Report of the Indian Hemp Drugs Commission, 1894-1895 - Volume I
Year: 1894
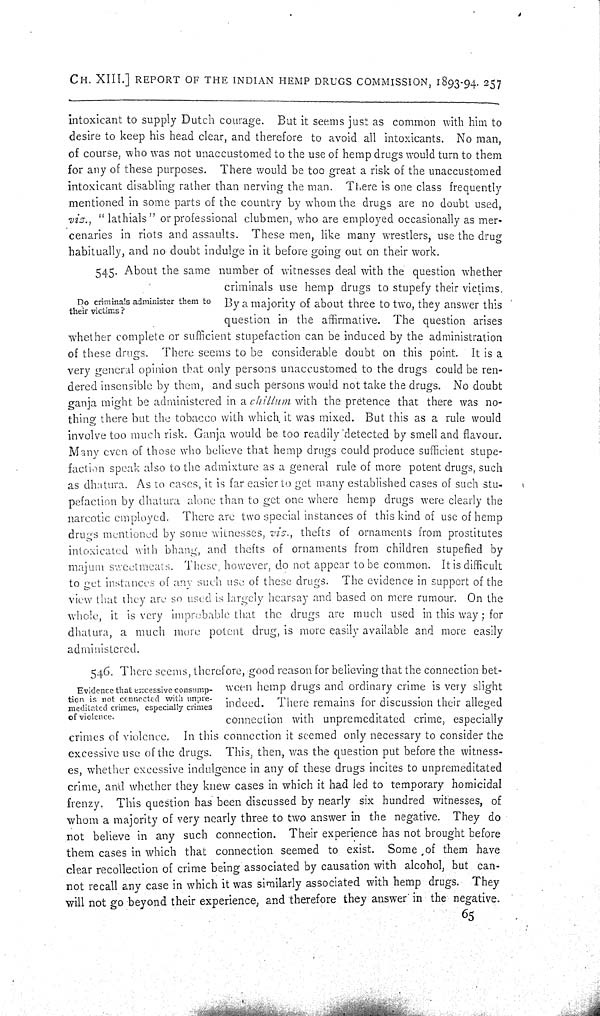
CH. XIII.] REPORT OF THE INDIAN HEMP DRUGS COMMISSION, 1893-94. 257
intoxicant to supply Dutch courage. But it seems just as common with him to
desire to keep his head clear, and therefore to avoid all intoxicants. No man,
of course, who was not unaccustomed to the use of hemp drugs would turn to them
for any of these purposes. There would be too great a risk of the unaccustomed
intoxicant disabling rather than nerving the man. There is one class frequently
mentioned in some parts of the country by whom the drugs are no doubt used,
viz., "lathials" or professional clubmen, who are employed occasionally as mer-
cenaries in riots and assaults. These men, like many wrestlers, use the drug
habitually, and no doubt indulge in it before going out on their work.
Do criminals administer them to
their victims?
545. About the same number of witnesses deal with the question whether
criminals use hemp drugs to stupefy their victims.
By a majority of about three to two, they answer this
question in the affirmative. The question arises
whether complete or sufficient stupefaction can be induced by the administration
of these drugs. There seems to be considerable doubt on this point. It is a
very general opinion that only persons unaccustomed to the drugs could be ren-
dered insensible by them, and such persons would not take the drugs. No doubt
ganja might be administered in a chillum with the pretence that there was no-
thing there but the tobacco with which it was mixed. But this as a rule would
involve too much risk. Ganja would be too readily detected by smell and flavour.
Many even of those who believe that hemp drugs could produce sufficient stupe-
faction speak also to the admixture as a general rule of more potent drugs, such
as dhatura. As to cases, it is far easier to get many established cases of such stu-
pefaction by dhatura alone than to get one where hemp drugs were clearly the
narcotic employed. There are two special instances of this kind of use of hemp
drugs mentioned by some witnesses, viz., thefts of ornaments from prostitutes
intoxicated with bhang, and thefts of ornaments from children stupefied by
majum sweetmeats. These, however, do not appear to be common. It is difficult
to get instances of any such use of these drugs. The evidence in support of the
view that they are so used is largely hearsay and based on mere rumour. On the
whole, it is very improbable that the drugs are much used in this way; for
dhatura, a much more potent drug, is more easily available and more easily
administered.
Evidence that excessive consump-
tion is not connected with unpre-
meditated crimes, especially crimes
of violence.
546. There seems, therefore, good reason for believing that the connection bet-
ween hemp drugs and ordinary crime is very slight
indeed. There remains for discussion their alleged
connection with unpremeditated crime, especially
crimes of violence. In this connection it seemed only necessary to consider the
excessive use of the drugs. This, then, was the question put before the witness-
es, whether excessive indulgence in any of these drugs incites to unpremeditated
crime, and whether they knew cases in which it had led to temporary homicidal
frenzy. This question has been discussed by nearly six hundred witnesses, of
whom a majority of very nearly three to two answer in the negative. They do
not believe in any such connection. Their experience has not brought before
them cases in which that connection seemed to exist. Some of them have
clear recollection of crime being associated by causation with alcohol, but can-
not recall any case in which it was similarly associated with hemp drugs. They
will not go beyond their experience, and therefore they answer in the negative.
65